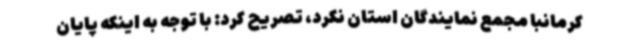
کرمانبا مجمع نمایندگان استان نکرد، تصریح کرد: با توجه به اینکه پایان